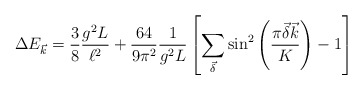
\begin{align*}\Delta E_{\vec{k}} = \frac{3}{8} \frac{g^{2} L}{\ell ^{2}}+\frac{64}{9\pi^{2}}\frac{1}{g^{2}L}\left[\sum_{\vec{\delta}}\sin^2\left(\frac{\pi \vec{\delta}\vec{k}}{K} \right) - 1 \right]\end{align*}